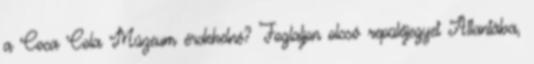
a Coca Cola Múzeum érdekelné? Foglaljon olcsó repülőjegyet Atlantába,